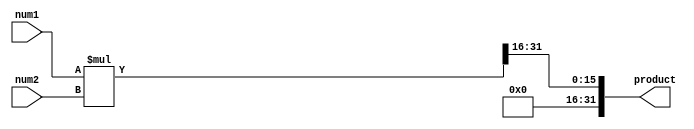
module fixed_point_multiplier(
  input signed [15:0] num1,
  input signed [15:0] num2,
  output reg signed [31:0] product
);

reg signed [31:0] result;

always @* begin
  result = num1 * num2;
  product = result >> 16; // shift the result based on the decimal points of the inputs
end

endmodule